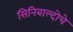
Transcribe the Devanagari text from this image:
सिनिबाल्दोचे